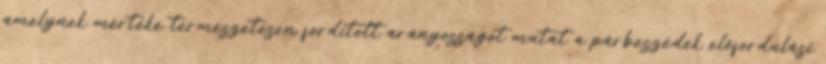
amelynek mértéke természetesen fordított arányosságot mutat a párbeszédek előfordulási